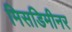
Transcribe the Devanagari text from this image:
मिसडिमीनर